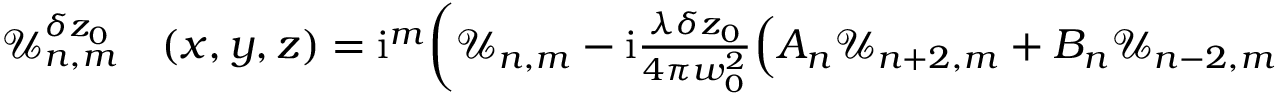
\begin{array} { r l } { \mathcal { U } _ { n , m } ^ { \delta z _ { 0 } } } & { { } ( x , y , z ) = \mathrm { i } ^ { m } \bigg ( \mathcal { U } _ { n , m } - \mathrm { i } \frac { \lambda \delta z _ { 0 } } { 4 \pi w _ { 0 } ^ { 2 } } \Big ( A _ { n } \mathcal { U } _ { n + 2 , m } + B _ { n } \mathcal { U } _ { n - 2 , m } } \end{array}